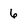
Character: 6